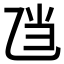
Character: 𱎄